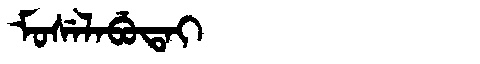
Manchu: ᠮᠣᠰᡝᠯᠠᠪᡠᡨᠠᡳ
Romanization: MOSELABUTAI